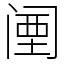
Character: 𬮱